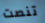
تنصت